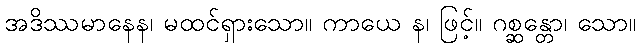
အဒိဿမာနေန၊ မထင်ရှားသော။ ကာယေ န၊ ဖြင့်။ ဂစ္ဆန္တော၊ သော။